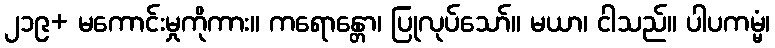
၂၁၉+ မကောင်းမှုကိုကား။ ကရောန္တော၊ ပြုလုပ်သော်။ မယာ၊ ငါသည်။ ပါပကမ္မံ၊